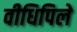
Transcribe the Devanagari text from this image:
वीधिपिले